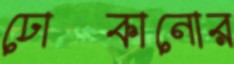
ঢোকানোর